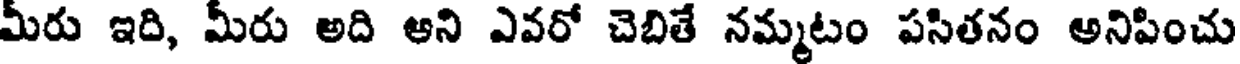
మీరు ఇది, మీరు అది అని ఎవరో చెబితే నమ్మటం పసితనం అనిపించు